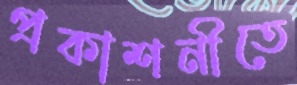
প্রকাশনীতে